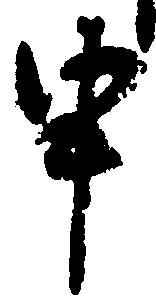
申